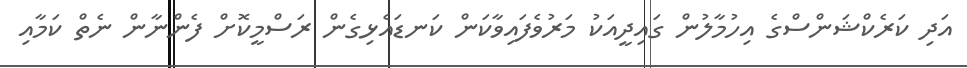
އަދި ކަރެކްޝަންސްގެ އިހުމާލުން ގައިދީއަކު މަރުވެފައިވާކަން ކަނޑައެޅިގެން ރަސްމީކޮށް ފެންނާން ނެތް ކަމާއި